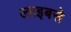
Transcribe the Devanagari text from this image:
लाइबसे